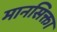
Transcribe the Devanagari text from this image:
मानसिक्ता